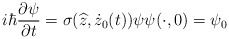
\begin{align*}i\hbar\frac{\partial\psi}{\partial t}=\sigma(\widehat{z},\dot{z}_{0}(t))\psi\psi(\cdot,0)=\psi_{0} \end{align*}